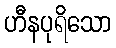
ဟီနပုရိသော